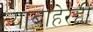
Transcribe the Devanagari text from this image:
त्याबाहेरही